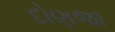
દોણજા